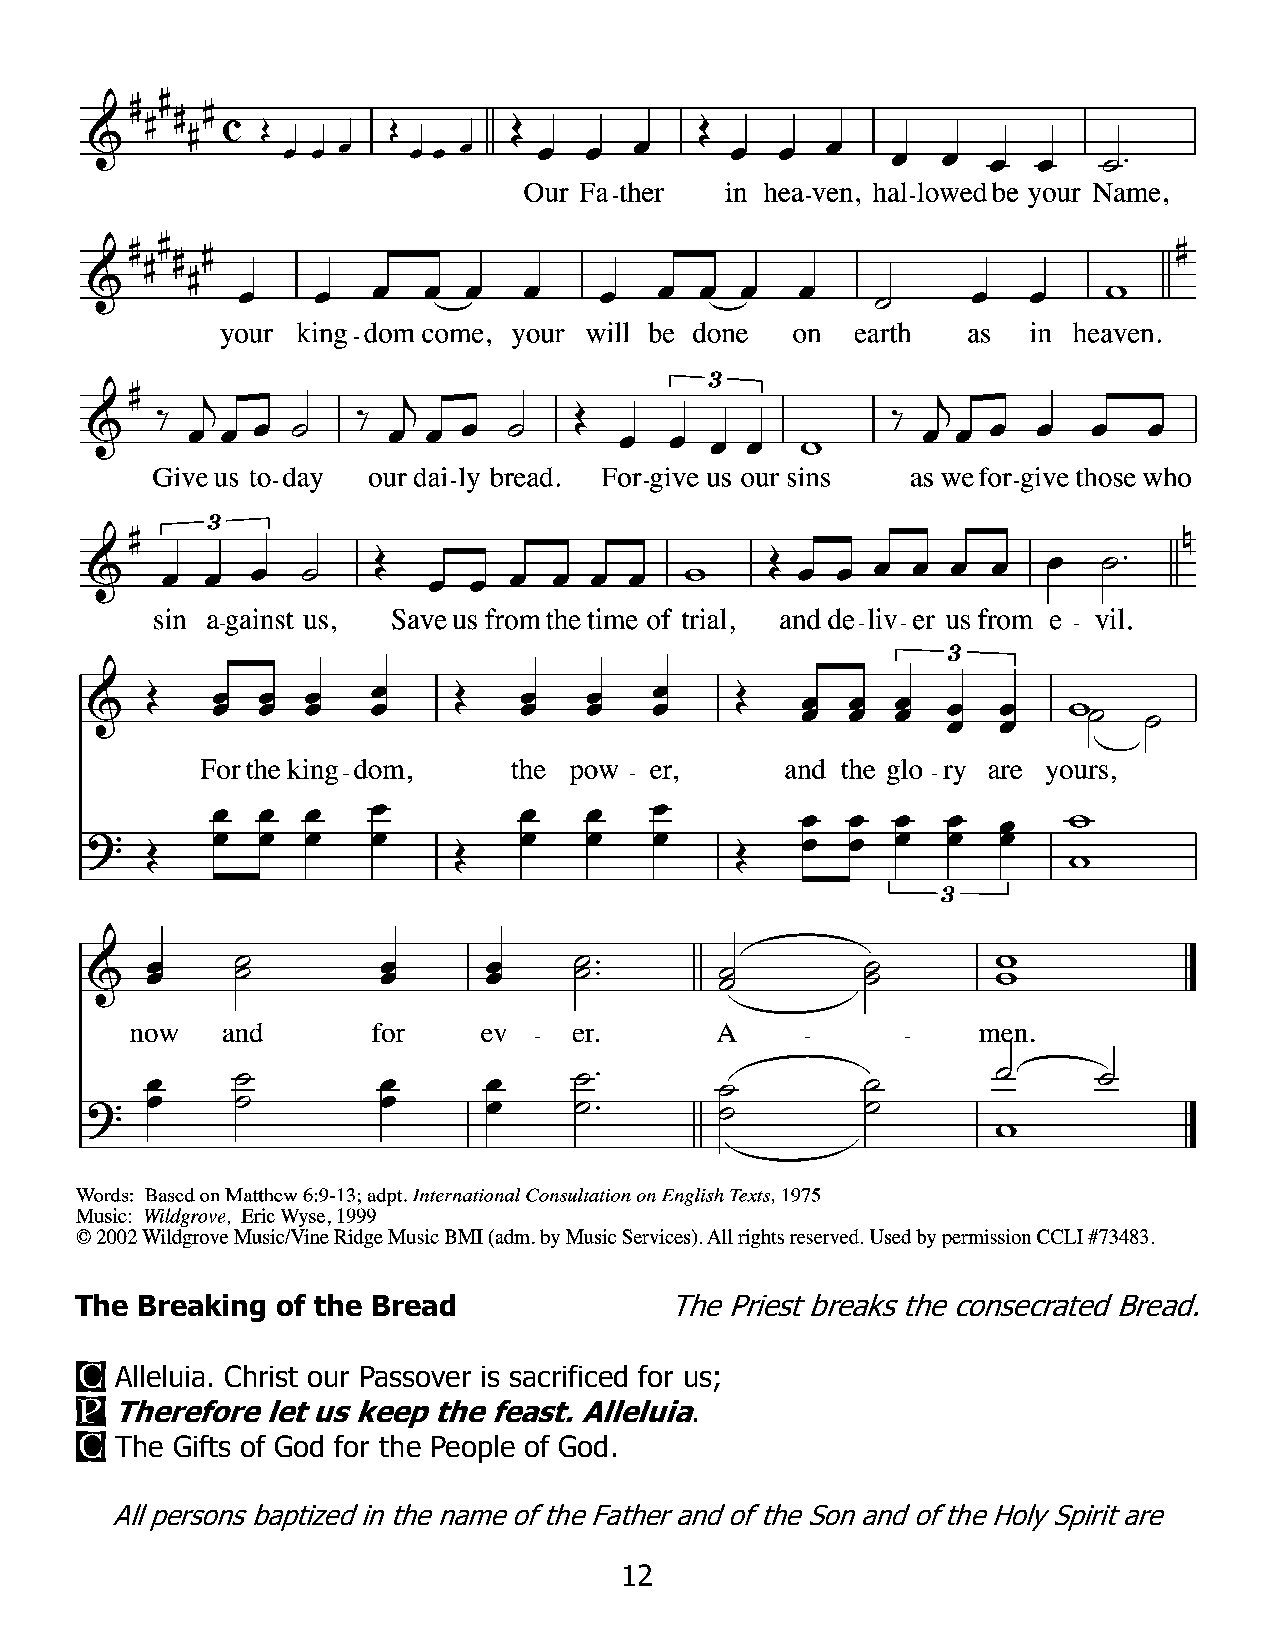
The Breaking of the Bread              The Priest breaks the consecrated Bread.
 C
 Alleluia. Christ our Passover is sacrificed for us;
 P
 Therefore let us keep the feast. Alleluia.
 C
 The Gifts of God for the People of God.
 All persons baptized in the name of the Father and of the Son and of the Holy Spirit are
 12